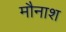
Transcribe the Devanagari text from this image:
मौनाश